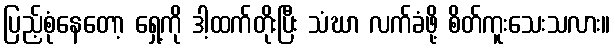
ပြည့်စုံနေတော့ ရှေ့ကို ဒါ့ထက်တိုးပြီး သံဃာ လက်ခံဖို့ စိတ်ကူးသေးသလား။